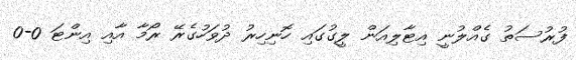
ފުރުސަތު ގެއްލުނީ އިޓާލިއަން ލީގުގައި ހޮނިހިރު ދުވަހުގެރޭ ރޯމާ އާއި އިންޓަ 0-0